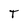
Character: T